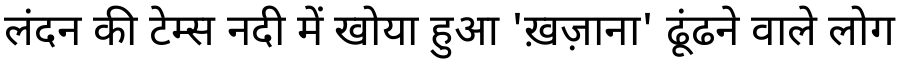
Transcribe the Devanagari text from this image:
लंदन की टेम्स नदी में खोया हुआ 'ख़ज़ाना' ढूंढने वाले लोग